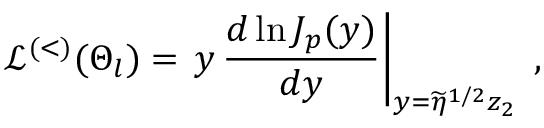
{ \mathcal L } ^ { ( < ) } ( \Theta _ { l } ) = \left. y \, \frac { d \ln J _ { p } ( y ) } { d y } \right| _ { y = \widetilde { \eta } ^ { 1 / 2 } z _ { 2 } } \; ,